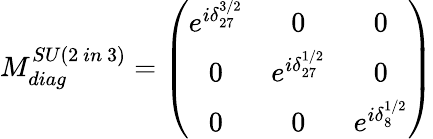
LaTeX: M_{diag}^{SU(2\mathrm{~}in\mathrm{~}3)}=\left(\begin{array}{ccc}{{e^{i\delta_{27}^{3/2}}}}&{{0}}&{{0}}\\ {{0}}&{{e^{i\delta_{27}^{1/2}}}}&{{0}}\\ {{0}}&{{0}}&{{e^{i\delta_{8}^{1/2}}}}\end{array}\right)